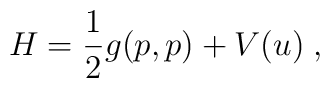
H = \frac{1}{2}g(p,p)+V(u)\;,